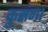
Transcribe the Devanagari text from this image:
कुसंग।